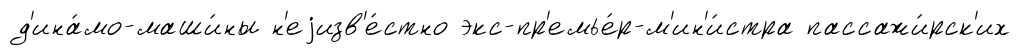
д'ина́мо-маши́ны н'еjизв'е́стно экс-пр'емье́р-м'ин'и́стра пассажи́рск'их